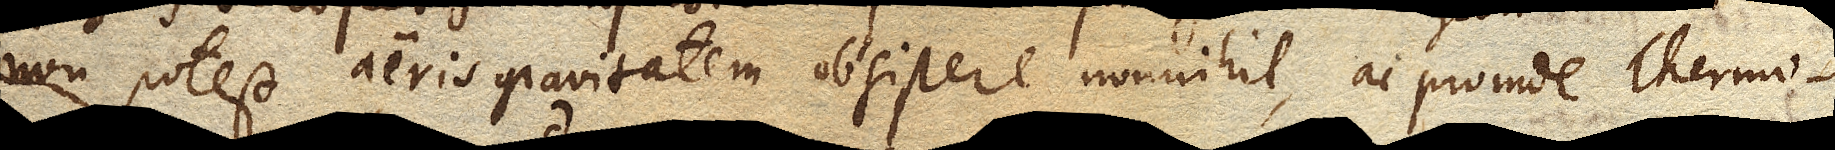
non potest aeris gravitatem obsistere nonnihil, ac proinde Thermo–